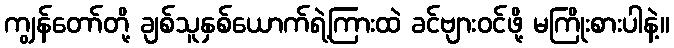
ကျွန်တော်တို့ ချစ်သူနှစ်ယောက်ရဲ့ကြားထဲ ခင်ဗျားဝင်ဖို့ မကြိုးစားပါနဲ့။